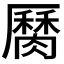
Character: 𦠩